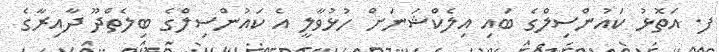
ފ. އަތޮޅު ކައުންސިލްގެ ބައި އިލެކްޝަނަށް ހުޅުވާލީ އެ ކައުންސިލްގެ ބިލެތްދޫ ދާއިރާގެ